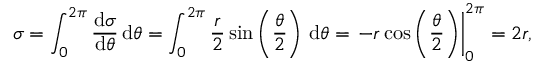
\sigma = \int _ { 0 } ^ { 2 \pi } { \frac { \mathrm { d } \sigma } { \mathrm { d } \theta } } \, \mathrm { d } \theta = \int _ { 0 } ^ { 2 \pi } { \frac { r } { 2 } } \sin \left( { \frac { \theta } { 2 } } \right) \, \mathrm { d } \theta = \left. - r \cos \left( { \frac { \theta } { 2 } } \right) \right| _ { 0 } ^ { 2 \pi } = 2 r ,